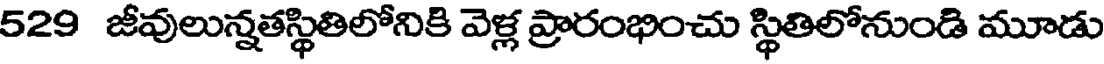
529 జీవులున్నతస్థితిలోనికి వెళ్ల ప్రారంభించు స్థితిలోనుండి మూడు